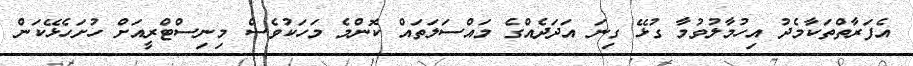
އެފަރާތްތަކާމެދު އިހުމާލުވުމާ ގުޅޭ ގިނަ އަދަދެއްގެ މައްސަލަތައް ކޮންމެ މަހަކުވެސް މިނިސްޓްރީއަށް ހުށަހެޅޭކަން